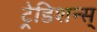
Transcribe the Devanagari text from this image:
ट्रेडिशन्स्‌